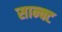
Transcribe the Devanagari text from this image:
सान्क्ट